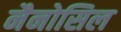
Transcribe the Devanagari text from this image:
नैनोसिल